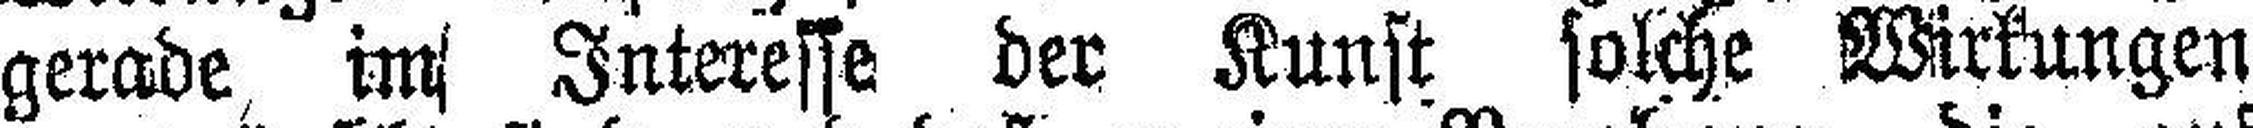
gerade im Interesse der Kunst solche Wirkungen